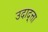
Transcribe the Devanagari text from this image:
उदाद्त्ता